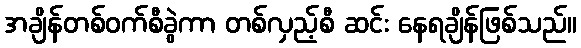
အချိန်တစ်ဝက်စီခွဲကာ တစ်လှည့်စီ ဆင်း နေရချိန်ဖြစ်သည်။